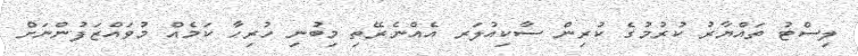
ލިސްޓު ތައްޔާރު ކުރުމުގެ ކުރިން ސާކިއުލަރ އެއްނެރޭތި މިބުނި ހުރިހާ ކަމެއް މުވައްޒަފުންނަށް